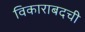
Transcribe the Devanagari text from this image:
विकाराबदची